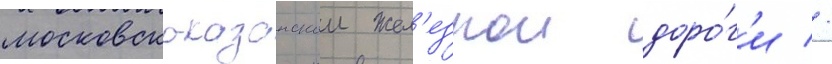
московско-казанскои жел'езнои доро́г'и //